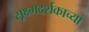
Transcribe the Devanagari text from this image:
सूक्ष्मदर्शकाच्या